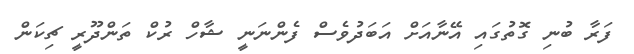
ފަރާ ބުނި ގޮތުގައި އޭނާއަށް އަބަދުވެސް ފެންނަނީ ޝާހް ރުކް ތަންދޫރީ ޗިކަން